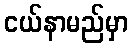
ငယ်နာမည်မှာ